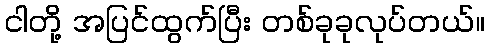
ငါတို့ အပြင်ထွက်ပြီး တစ်ခုခုလုပ်တယ်။